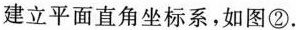
建立平面直角坐标系，如图②。